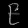
Digit: ၉